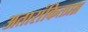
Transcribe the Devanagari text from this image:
अतारांकितप्रश्न